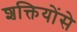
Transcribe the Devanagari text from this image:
शक्तियोंसे